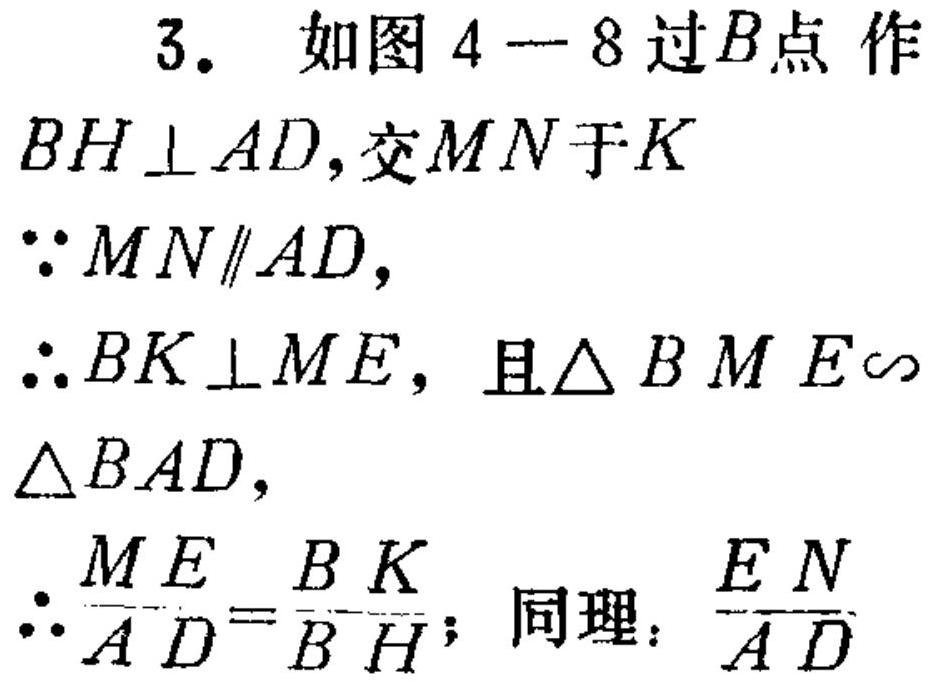
3. 如图 4—8过\(B\)点作\(BH\perp AD\),交\(MN\)于\(K\)
\(\because MN\parallel AD\),
\(\therefore BK\perp ME\), 且\(\triangle BME\sim\triangle BAD\),
\(\therefore \dfrac{ME}{AD}=\dfrac{BK}{BH}\); 同理：\(\dfrac{EN}{AD}\)